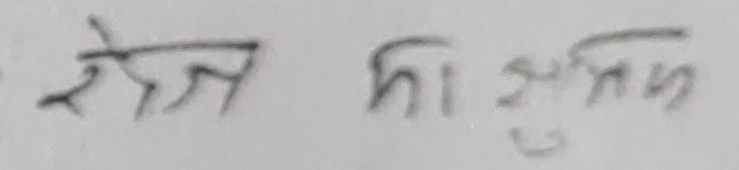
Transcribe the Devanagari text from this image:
रेजि का सुत्रक